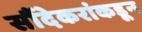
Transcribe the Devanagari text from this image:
सौंदेकरांकडून